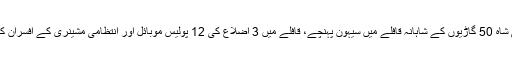
قبل ازیں وزیر اعلی سندھ مراد علی شاہ 50 گاڑیوں کے شاہانہ قافلے میں سیہون پہنچے، قافلے میں 3 اضلاع کی 12 پولیس موبائل اور انتظامی مشینری کے افسران کی 20 سے زائد گاڑیاں شامل تھیں۔